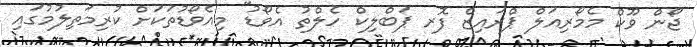
ޖޯން ވޫކް މެމޯރިއަލް ޕްރައިޒް ފޮރ ޕަބްލިކް ހެލްތު އެވޯޑު" މިއެވޯޑުތަކަށް ކުރިމަތިލުމުގައި